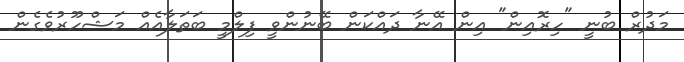
މަދުރް ބުނީ "ހިރޮއިން" އިން އޭނާ ދައްކަން ބޭނުންވީ ފިލްމީ ބަތަލާއެއް މަޝްހޫރުވެގެން